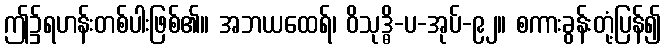
ဤ၌ရဟန်းတစ်ပါးဖြစ်၏။ အဘယထေရ်၊ ဝိသုဒ္ဓိ-ပ-အုပ်-၉၂။ စကားခွန်းတုံ့ပြန်၍